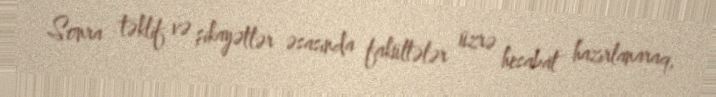
Sonra təklif və şikayətlər əsasında fakültələr üzrə hesabat hazırlanaraq,